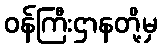
ဝန်ကြီးဌာနတို့မှ